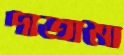
দাতামা